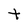
Character: t